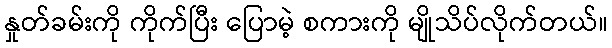
နှုတ်ခမ်းကို ကိုက်ပြီး ပြောမဲ့ စကားကို မျိုသိပ်လိုက်တယ်။